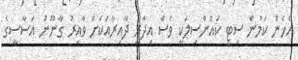
އެހެން ކަމުން ސިޓީ ކައުންސިލަކީ ވެސް އިދާރީ ދާއިރާއަކަށް ވާއިރު ގާނޫނު އަސާސީގެ